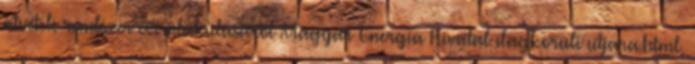
átvételi rendszer évi alakulásáról Magyar Energia Hivatal ilagkoruli utjara.html,